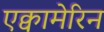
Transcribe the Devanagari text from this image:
एक्वामेरिन